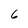
Character: 6